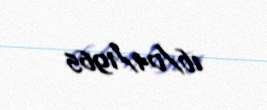
16/04/1965